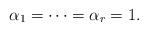
LaTeX: \begin{align*}\alpha _1 = \dots = \alpha _r = 1.\end{align*}